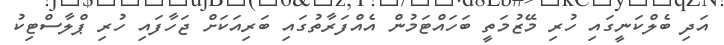
އަދި ބެލްކަނީގައި ހުރި މޭޒުމަތީ ބަހައްޓަމުން އެއްފަރާތުގައި ބަރިއަކަށް ޖަހާފައި ހުރި ޕްލާސްޓިކު